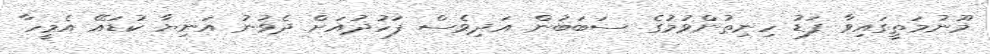
މޫނުމަތީގައިވާ ފަޑު ހިނިތުންވުމުގެ ސަބަބުން އަދިވެސް ފަހުދުއަށް ދެވުނު އަނިޔާ ކުޑައޭ އެމީހާ